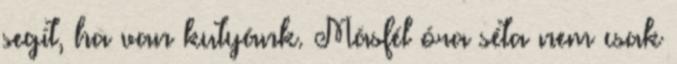
segít, ha van kutyánk. Másfél óra séta nem csak